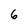
Character: 6